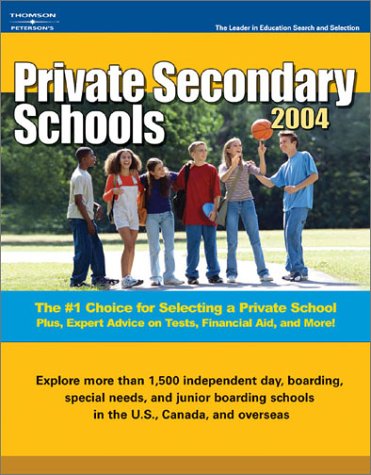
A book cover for Private Secondary Schools 2003-2004 (Peterson's Private Secondary Schools); Peterson's; Test Preparation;